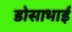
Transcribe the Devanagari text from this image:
डोसाभाई